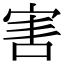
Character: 害